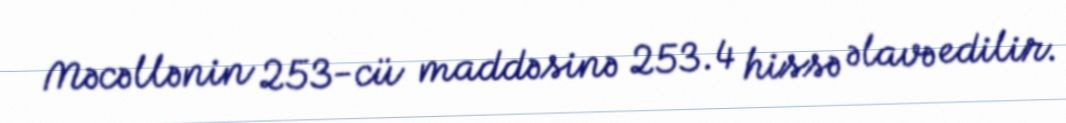
Məcəllənin 253-cü maddəsinə 253.4 hissə əlavə edilir.